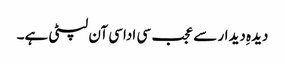
دیدہِ دیدار سے عجب سی اداسی آن لپٹی ہے۔